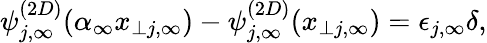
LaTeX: \psi_{j,\infty}^{(2D)}(\alpha_{\infty}x_{\perp j,\infty})-\psi_{j,\infty}^{(2D)}(x_{\perp j,\infty})=\epsilon_{j,\infty}\delta,